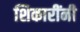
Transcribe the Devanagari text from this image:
शिकारींनी